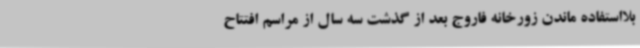
بلااستفاده ماندن زورخانه فاروج بعد از گذشت سه سال از مراسم افتتاح